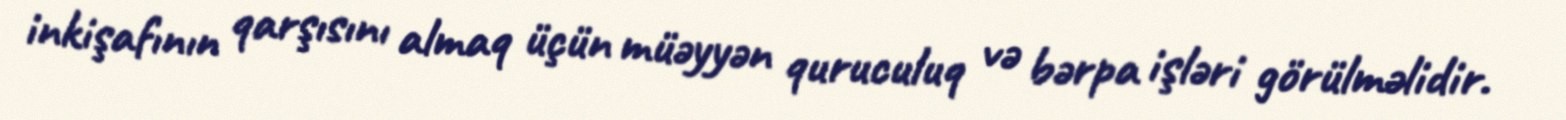
inkişafının qarşısını almaq üçün müəyyən quruculuq və bərpa işləri görülməlidir.